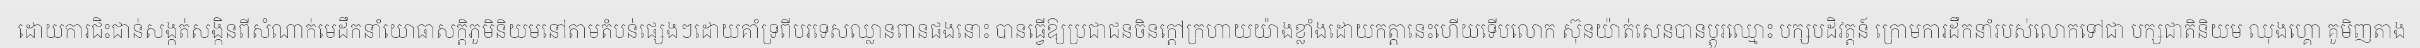
ដោយការជិះជាន់សង្កត់សង្កិនពីសំណាក់មេដឹកនាំយោធាសក្តិភូមិនិយមនៅតាមតំបន់ផ្សេងៗដោយគាំទ្រពីបរទេសឈ្លានពានផងនោះ បានធ្វើឱ្យប្រជាជនចិនក្តៅក្រហាយយ៉ាងខ្លាំងដោយកត្តានេះហើយទើបលោក ស៊ុនយ៉ាត់សេនបានប្តូរឈ្មោះ បក្សបដិវត្តន៍ ក្រោមការដឹកនាំរបស់លោកទៅជា បក្សជាតិនិយម ឈុងហ្គោ គូមិញតាង